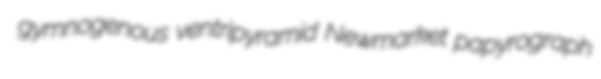
gymnogenous ventripyramid Newmarket papyrograph